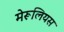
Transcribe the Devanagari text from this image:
मेरूलियस